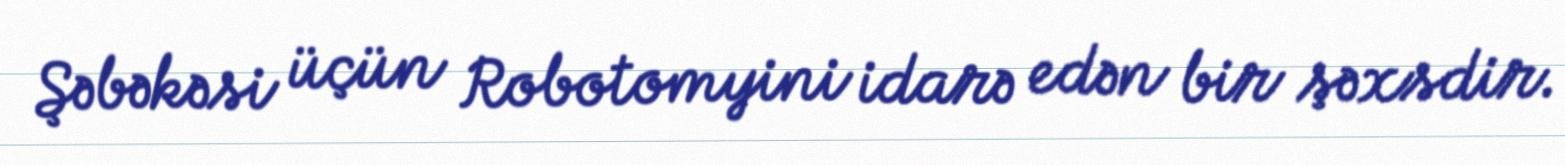
Şəbəkəsi üçün Robotomyini idarə edən bir şəxsdir.